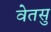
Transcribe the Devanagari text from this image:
वेतसु